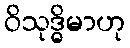
ဝိသုဒ္ဓိမာဟု